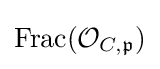
{\text{Frac}}({\mathcal {O}}_{C,{\mathfrak {p}}})